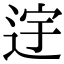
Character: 䢓